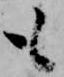
も